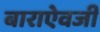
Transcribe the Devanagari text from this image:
बाराऐवजी